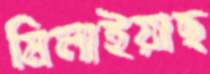
মিলাইয়াছ